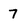
Character: 7